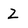
Character: 2